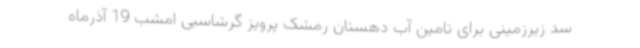
سد زیرزمینی برای تامین آب دهستان رمشک پرویز گرشاسبی امشب 19 آذرماه